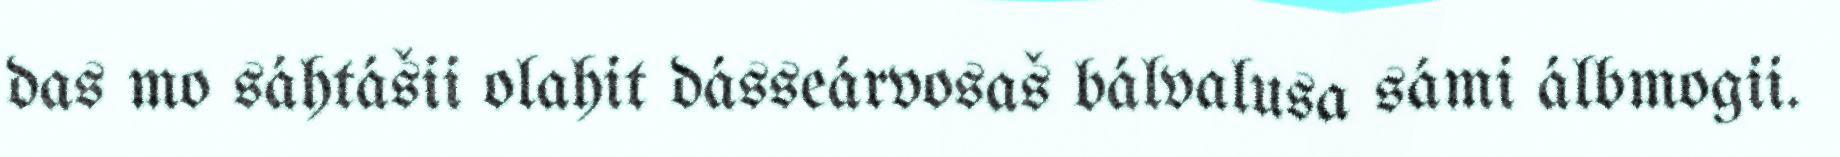
das mo sáhtášii olahit dásseárvosaš bálvalusa sámi álbmogii.